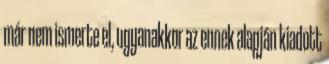
már nem ismerte el, ugyanakkor az ennek alapján kiadott